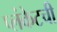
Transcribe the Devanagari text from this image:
प्लंकेटची